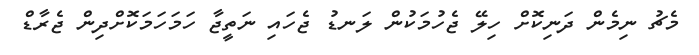
މެޗު ނިމެން ދަނިކޮށް ހިލޭ ޖެހުމަކުން ލަނޑު ޖެހައި ނަތީޖާ ހަމަހަމަކޮށްދިން ޖެރާޑް